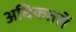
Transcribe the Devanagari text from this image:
अधिकतरों